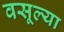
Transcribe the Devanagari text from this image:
वसूल्या